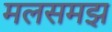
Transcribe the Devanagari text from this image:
मलसमझ